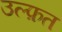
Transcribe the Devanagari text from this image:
उल्फ़त